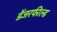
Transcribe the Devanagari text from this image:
डेंजरफील्ड